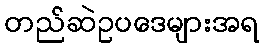
တည်ဆဲဥပဒေများအရ